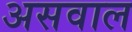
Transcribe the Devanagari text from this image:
असवाल